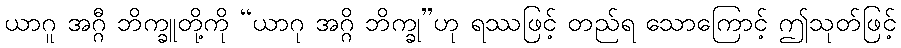
ယာဂူ အဂ္ဂီ ဘိက္ခူတို့ကို “ယာဂု အဂ္ဂိ ဘိက္ခု”ဟု ရဿဖြင့် တည်ရ သောကြောင့် ဤသုတ်ဖြင့်